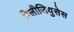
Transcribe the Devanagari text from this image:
रिलीजियुसेस